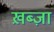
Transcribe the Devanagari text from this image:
ख़ब्ज़ा